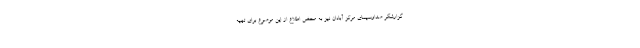
گزارشگر صداوسیمای مرکز آبادان نیز به محض اطلاع از این موضوع برای تهیه